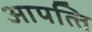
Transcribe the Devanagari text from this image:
आपत्‍ति